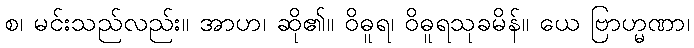
စ၊ မင်းသည်လည်း။ အာဟ၊ ဆို၏။ ဝိဓူရ၊ ဝိဓူရသုခမိန်။ ယေ ဗြာဟ္မဏာ၊